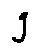
g